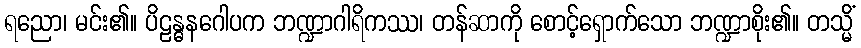
ရညော၊ မင်း၏။ ပိဠန္ဓနဂေါပက ဘဏ္ဍာဂါရိကဿ၊ တန်ဆာကို စောင့်ရှောက်သော ဘဏ္ဍာစိုး၏။ တသ္မိံ